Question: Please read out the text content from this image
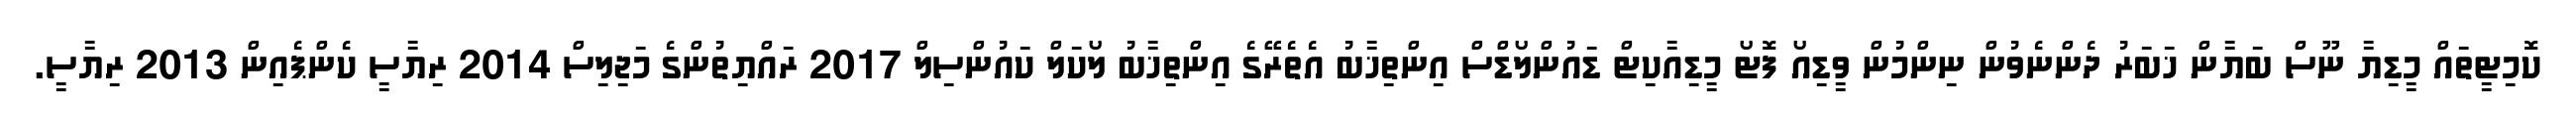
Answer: ކޮމިޓީތައް މީޑިޔާ ނޫސް ބަޔާން ޚަބަރު ދެންނެވުން ނިންމުން ވީޑިއޯ ފޮޓޯ މީޑިއާކިޓް ޑައުންލޯޑްސް އިންތިޚާބު އެތެރޭގެ އިންތިޚާބު ލޯކަލް ކައުންސިލް 2017 ރައްޔިތުންގެ މަޖިލިސް 2014 ރިޔާސީ ކެންޕެއިން 2013 ރިޔާސީ.